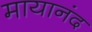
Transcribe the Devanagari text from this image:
मायानंद